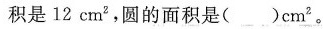
积是12cm2，圆的面积是()cm^{2}。